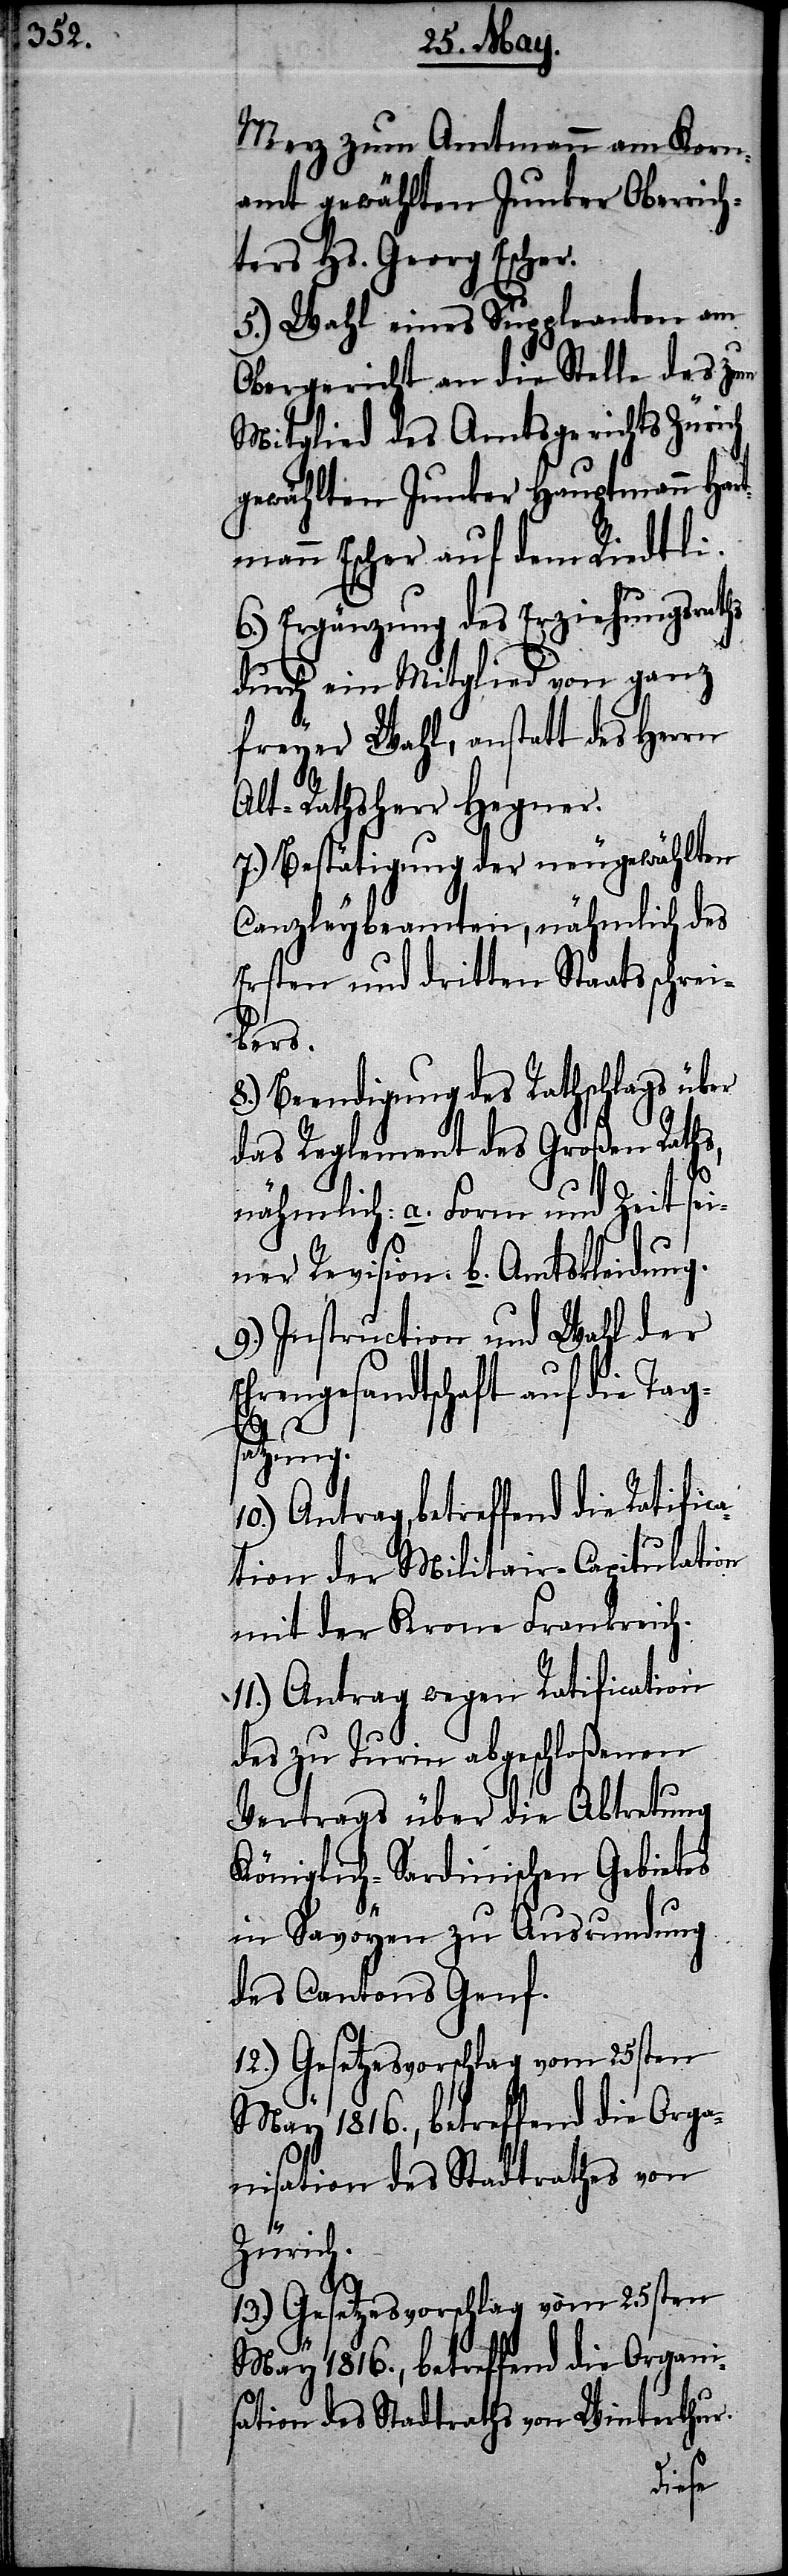
Merz zum Amtmann am Korna¬
gewählten Junker Hauptmann Har¬
tmann Escher auf dem Riedtli.
6.) Ergänzung des Erziehungsraths
durch ein Mitglied von ganz
freyer Wahl, anstatt des Herrn
Alt-Rathsherr Hegner.
7.) Bestätigung der neugewählten
Canzleybeamten, nähmlich des
Ersten und dritten Staatsschrei¬
bers.
8.) Beendigung des Rathschlags über
das Reglement des Großen Raths,
nähmlich: a. Form und Zeit sei¬
ner Revision. b. Amtskleidung.
9.) Instruction und Wahl der
Ehrengesandtschaft auf die Tag¬
mt
satzung.
10.) Antrag, betreffend die Ratific¬
ation der Militair-Capitulation
mit der Krone Frankreich.
11.) Antrag wegen Ratification
des zu Turin abgeschloßenen
Vertrags über die Abtretung
Königlich-Sardinischen Gebietes
in Savoyen zu Ausrundung
des Cantons Genf.
12.) Gesetzesvorschlag vom 25sten
May 1816., betreffend die Orga¬
nisation des Stadtrathes von
Zürich.
13.) Gesetzesvorschlag vom 25sten